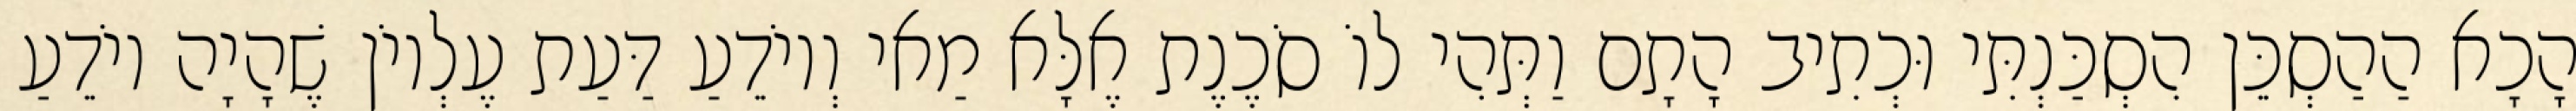
הָכָא הַהַסְכֵּן הִסְכַּנְתִּי וּכְתִיב הָתָם וַתְּהִי לוֹ סֹכֶנֶת אֶלָּא מַאי וְיוֹדֵעַ דַּעַת עֶלְיוֹן שֶׁהָיָה יוֹדֵעַ